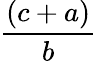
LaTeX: \frac{(c+a)}{b}